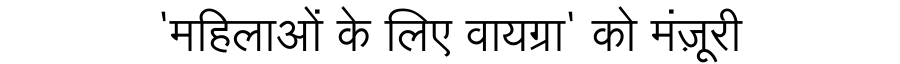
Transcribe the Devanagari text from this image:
'महिलाओं के लिए वायग्रा' को मंज़ूरी